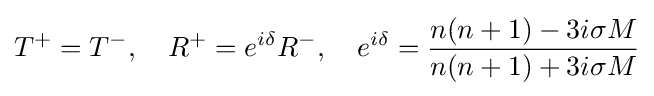
T^{+}=T^{-},\quad R^{+}=e^{i\delta }R^{-},\quad e^{i\delta }={\frac {n(n+1)-3i\sigma M}{n(n+1)+3i\sigma M}}